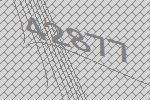
42877